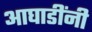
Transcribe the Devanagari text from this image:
आघाडींनी